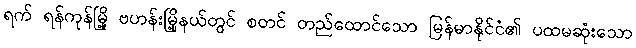
ရက် ရန်ကုန်မြို့ ဗဟန်းမြို့နယ်တွင် စတင် တည်ထောင်သော မြန်မာနိုင်ငံ၏ ပထမဆုံးသော